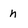
Character: n